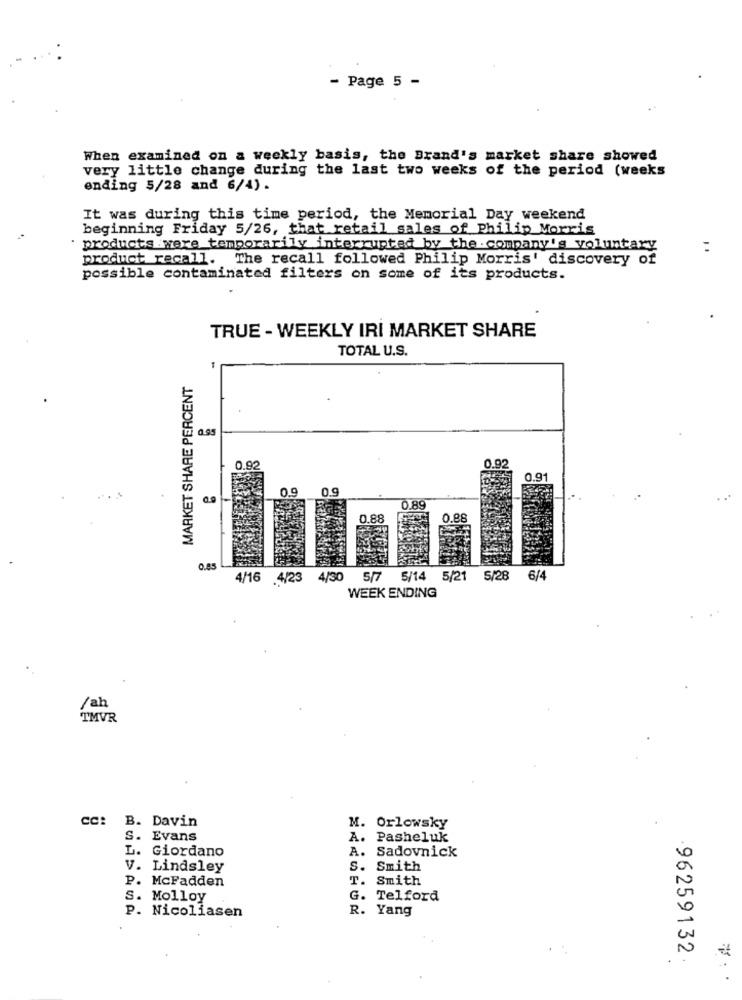
- Page 5 -
When examined on a weekly basis, the Brand's market share showed
very little change during the last two weeks of the period (weeks
ending 5/28 and 6/4) .
It was during this time period, the Memorial Day weekend
beginning Friday 5/26, that retail sales of Philip Morris
products .were temporarily interrupted by the .company's voluntary
:
product recall. The recall followed Philip Morris' discovery of
possible contaminated filters on some of its products.
TRUE - WEEKLY IRI MARKET SHARE
TOTAL U.S.
MARKET SHARE PERCENT
0.95
0.92
0.92
0.91
0.9
0.9
0.89
.88
4/16 4/23
4/30
5/7
5/14
5/21
5/28
6/4
WEEK ENDING
/ah
TMVR
CC: B. Davin
M. Orlowsky
S. Evans
A. Pasheluk
A. Sadovnick
L. Giordano
V. Lindsley
S. Smith
P. McFadden
T. Smith
S. Molloy
G. Telford
R. Yang
P. Nicoliasen
96259132